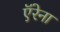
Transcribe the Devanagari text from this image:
ऍरेना